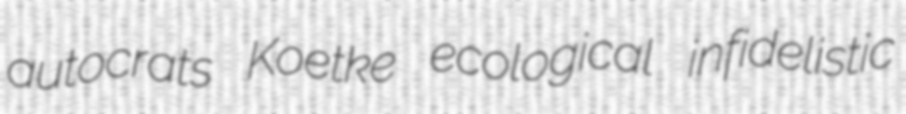
autocrats Koetke ecological infidelistic